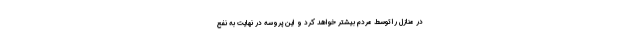
در منازل را توسط مردم بیشتر خواهد کرد و این پروسه در نهایت به نفع